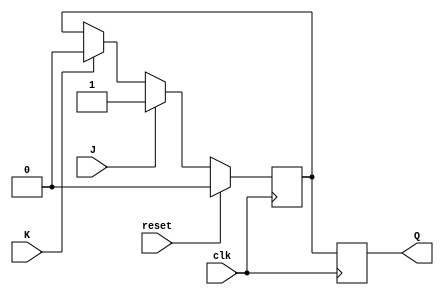
module jk_flip_flop (
    input wire clk, // clock signal
    input wire reset, // asynchronous reset signal
    input wire J, // input for set
    input wire K, // input for reset
    output reg Q // output state
);

reg master_Q, slave_Q; // internal states of master and slave flip-flops

// Master flip-flop
always @(posedge clk) begin
    if (reset) begin
        master_Q <= 1'b0;
    end else begin
        master_Q <= J ? 1'b1 : K ? 1'b0 : master_Q;
    end
end

// Slave flip-flop
always @(negedge clk) begin
    slave_Q <= master_Q;
end

// Output Q
assign Q = slave_Q;

endmodule